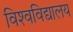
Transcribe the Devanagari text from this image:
विश्‍वविद्यालय